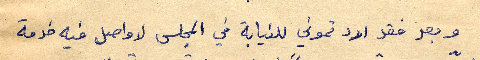
وبعد فقد اردتموني للنيابة في المجلس لاواصل فيه خدمة